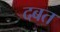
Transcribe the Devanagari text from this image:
दबत